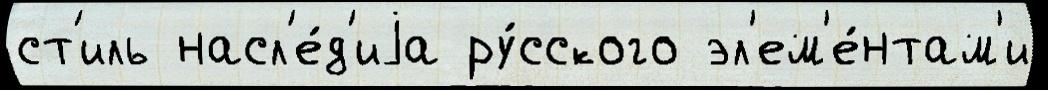
ст'иль насл'е́д'иjа ру́сского эл'ем'е́нтам'и